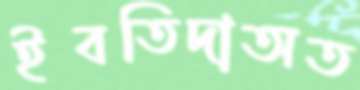
ইবতিদাঅত